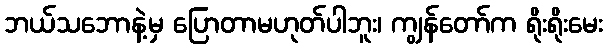
ဘယ်သဘောနဲ့မှ ပြောတာမဟုတ်ပါဘူး၊ ကျွန်တော်က ရိုးရိုးမေး